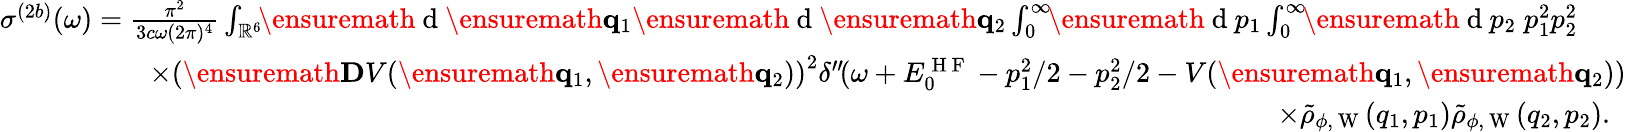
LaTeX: \begin{array}{r}{\sigma^{(2b)}(\omega)=\frac{\pi^{2}}{3c\omega(2\pi)^{4}}\int_{\mathbb{R}^{6}}\! \! \ensuremath{\mathrm{~d~}}\ensuremath{\mathbf{q}}_{1}\ensuremath{\mathrm{~d~}}\ensuremath{\mathbf{q}}_{2}\int_{0}^{\infty}\! \! \ensuremath{\mathrm{~d~}}p_{1}\int_{0}^{\infty}\! \! \ensuremath{\mathrm{~d~}}p_{2}\; p_{1}^{2}p_{2}^{2}\phantom{xxx}}\\ {\times\left(\ensuremath{\mathbf{D}}V(\ensuremath{\mathbf{q}}_{1},\ensuremath{\mathbf{q}}_{2})\right)^{2}\delta^{\prime\prime}\! (\omega+E_{0}^{\mathrm{~H~F~}}-p_{1}^{2}/2-p_{2}^{2}/2-V(\ensuremath{\mathbf{q}}_{1},\ensuremath{\mathbf{q}}_{2}))}\\ {\times\tilde{\rho}_{\phi,\mathrm{~W~}}(q_{1},p_{1})\tilde{\rho}_{\phi,\mathrm{~W~}}(q_{2},p_{2}).\; \; }\end{array}